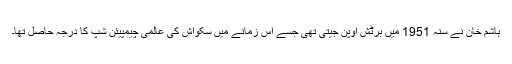
ہاشم خان نے سنہ 1951 میں برٹش اوپن جیتی تھی جسے اس زمانے میں سکواش کی عالمی چیمپیئن شپ کا درجہ حاصل تھا۔